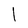
Character: 1